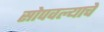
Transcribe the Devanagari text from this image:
सोपवल्याचे